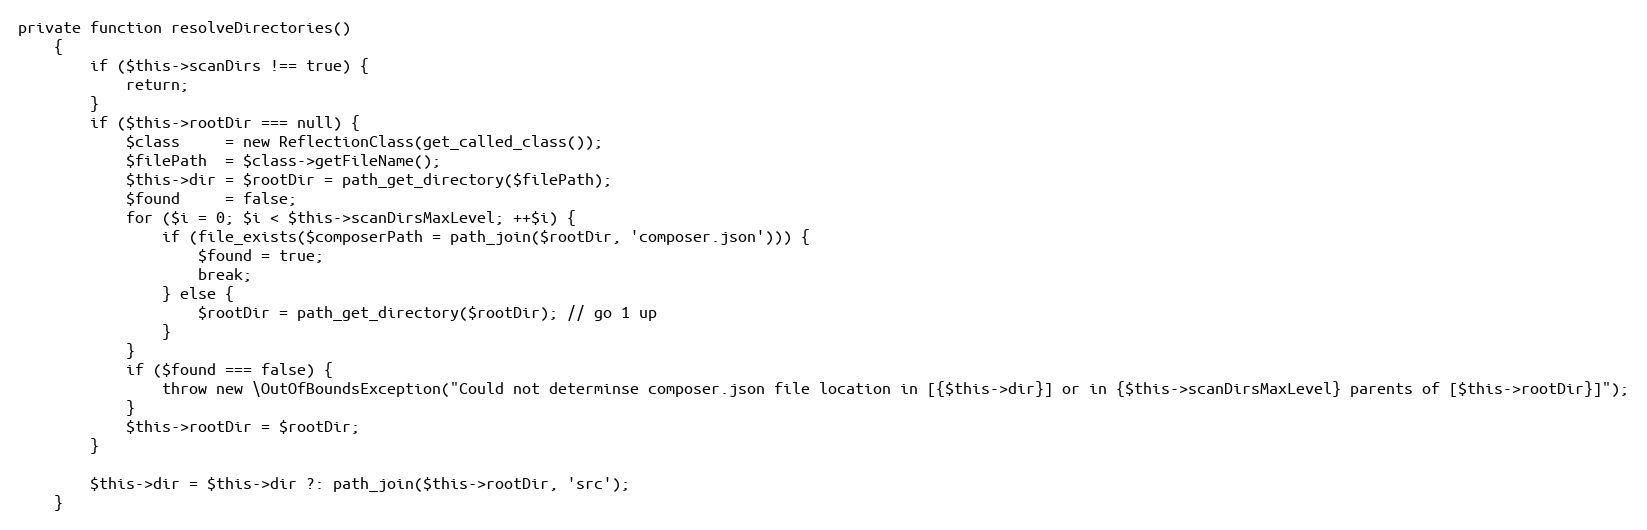
Language: PHP
private function resolveDirectories()
    {
        if ($this->scanDirs !== true) {
            return;
        }
        if ($this->rootDir === null) {
            $class     = new ReflectionClass(get_called_class());
            $filePath  = $class->getFileName();
            $this->dir = $rootDir = path_get_directory($filePath);
            $found     = false;
            for ($i = 0; $i < $this->scanDirsMaxLevel; ++$i) {
                if (file_exists($composerPath = path_join($rootDir, 'composer.json'))) {
                    $found = true;
                    break;
                } else {
                    $rootDir = path_get_directory($rootDir); // go 1 up
                }
            }
            if ($found === false) {
                throw new \OutOfBoundsException("Could not determinse composer.json file location in [{$this->dir}] or in {$this->scanDirsMaxLevel} parents of [$this->rootDir}]");
            }
            $this->rootDir = $rootDir;
        }

        $this->dir = $this->dir ?: path_join($this->rootDir, 'src');
    }